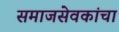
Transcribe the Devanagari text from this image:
समाजसेवकांचा